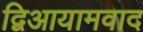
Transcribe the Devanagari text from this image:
द्विआयामवाद